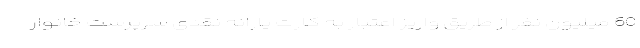
60 میلیون نفر از طریق واریز اعتبار به کارت یارانه نقدی سرپرست خانوار